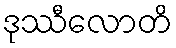
ဒုဿီလောတိ